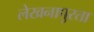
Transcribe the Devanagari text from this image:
लेखनापुरता